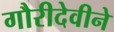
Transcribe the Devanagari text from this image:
गौरीदेवीने